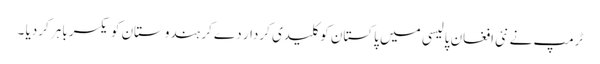
ٹرمپ نے نئی افغان پالیسی میں پاکستان کو کلیدی کردار دے کر ہندوستان کو یکسر باہر کردیا ۔